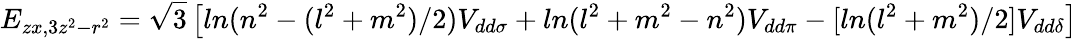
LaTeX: E_{zx,3z^{2}-r^{2}}={\sqrt{3}}\left[ln(n^{2}-(l^{2}+m^{2})/2)V_{dd\sigma}+ln(l^{2}+m^{2}-n^{2})V_{dd\pi}-[ln(l^{2}+m^{2})/2]V_{dd\delta}\right]